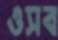
ওসব